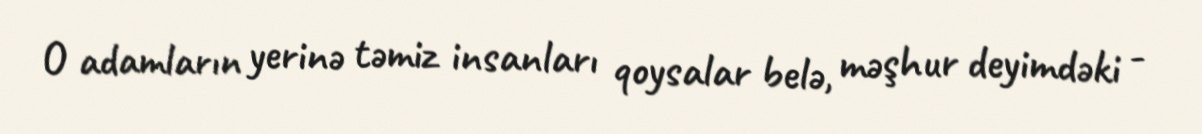
O adamların yerinə təmiz insanları qoysalar belə, məşhur deyimdəki -